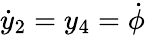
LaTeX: \dot{y}_{2}=y_{4}=\dot{\phi}